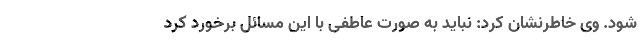
شود. وی خاطرنشان کرد: نباید به صورت عاطفی با این مسائل برخورد کرد